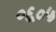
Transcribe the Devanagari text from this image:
०६०५